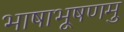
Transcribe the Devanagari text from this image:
भाषाभूषणमु